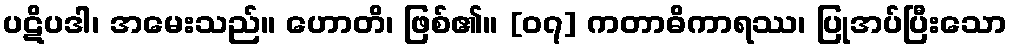
ပဋိပဒါ၊ အမေးသည်။ ဟောတိ၊ ဖြစ်၏။ [၀၇] ကတာဓိကာရဿ၊ ပြုအပ်ပြီးသော